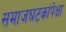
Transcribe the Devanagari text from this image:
समाजघटकांपेक्षा